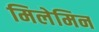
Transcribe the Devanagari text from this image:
मिलेमिन